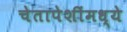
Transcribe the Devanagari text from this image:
चेतापेशींमध्ये